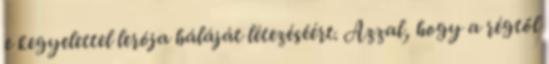
e kegyelettel lerója háláját létezéséért. Azzal, hogy a régtől